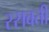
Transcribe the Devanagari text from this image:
रसवती